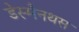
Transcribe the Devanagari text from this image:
डेस्मैनथस